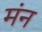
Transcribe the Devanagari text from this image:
मंन